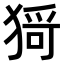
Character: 𤠄